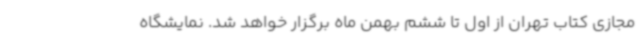
مجازی کتاب تهران از اول تا ششم بهمن ماه برگزار خواهد شد. نمایشگاه